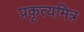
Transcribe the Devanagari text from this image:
प्रकृत्यमित्र